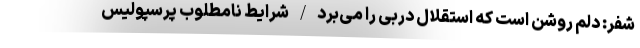
شفر: دلم روشن است که استقلال دربی را می‌برد / شرایط نامطلوب پرسپولیس